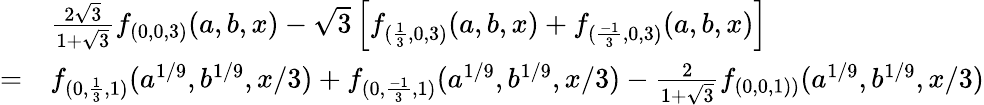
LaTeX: \begin{array}{rl}&{\frac{2\sqrt{3}}{1+\sqrt{3}}f_{(0,0,3)}(a,b,x)-\sqrt{3}\left[f_{(\frac{1}{3},0,3)}(a,b,x)+f_{(\frac{-1}{3},0,3)}(a,b,x)\right]}\\ {=}&{f_{(0,\frac{1}{3},1)}(a^{1/9},b^{1/9},x/3)+f_{(0,\frac{-1}{3},1)}(a^{1/9},b^{1/9},x/3)-\frac{2}{1+\sqrt{3}}f_{(0,0,1))}(a^{1/9},b^{1/9},x/3)}\end{array}